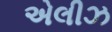
એલીઝ